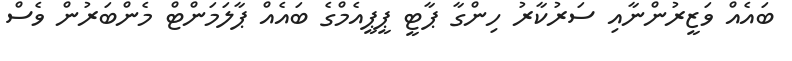
ބައެއް ވަޒީރުންނާއި ސަރުކާރު ހިންގާ ޕާޓީ ޕީޕީއެމްގެ ބައެއް ޕާލަމަންޓް މެންބަރުން ވެސް